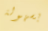
بسهولة